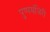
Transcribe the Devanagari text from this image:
पुष्पमंजिरी